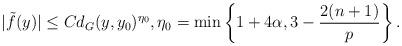
LaTeX: \begin{align*}|\tilde{f}(y)|\leq C d_G(y,y_0)^{\eta_0}, \eta_0=\min\left\{1+4\alpha, 3-\frac{2(n+1)}{p}\right\}.\end{align*}